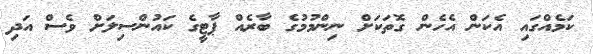
ކަމެއްގައި އެކަން އެހެން ގޮތަކަށް ނިންމުމުގެ ބާރެއް ޕާޓީގެ ކައުންސިލަށް ވެސް އަދި